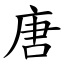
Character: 唐